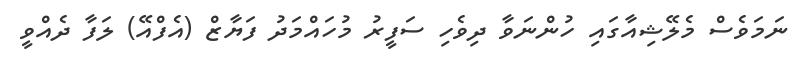
ނަމަވެސް މެލޭޝިއާގައި ހުންނަވާ ދިވެހި ސަފީރު މުހައްމަދު ފަޔާޒް (އެފްއޭ) ލަފާ ދެއްވީ